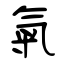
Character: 匊